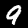
Label: 9